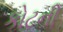
કોટની